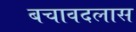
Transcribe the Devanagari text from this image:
बचावदलास